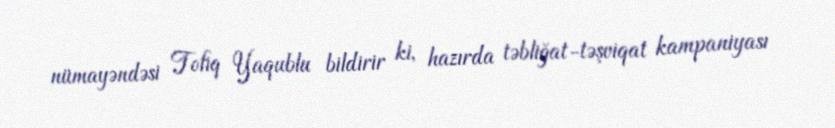
nümayəndəsi Tofiq Yaqublu bildirir ki, hazırda təbliğat-təşviqat kampaniyası